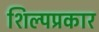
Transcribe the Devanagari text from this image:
शिल्पप्रकार